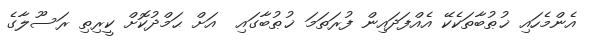
އެންމެހައި ޚުޠުބާތަކެކޭ އެއްފަދައިން ފުރަތަމަ ޚުޠުބާގައި  އަށް ޙަމްދުކޮށް ކީރިތި ރަސޫލާގެ